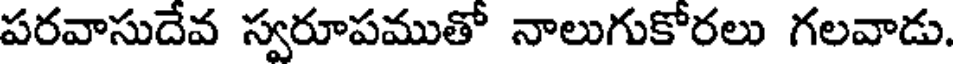
పరవాసుదేవ స్వరూపముతో నాలుగుకోరలు గలవాడు.